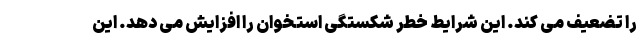
را تضعیف می کند. این شرایط خطر شکستگی استخوان را افزایش می دهد. این